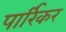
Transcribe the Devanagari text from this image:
पार्रिकर